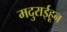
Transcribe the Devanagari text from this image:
मदुराईहून